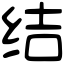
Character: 结